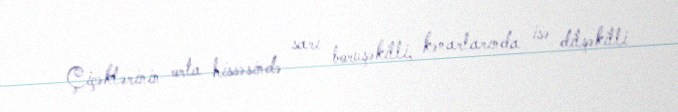
Çiçəklərinin orta hissəsində sarı boruşəkilli, kənarlarında isə dilşəkilli